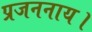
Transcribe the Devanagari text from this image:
प्रजननाय।